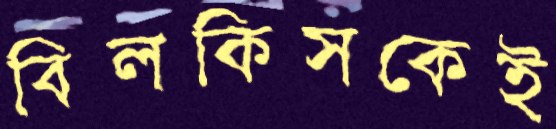
বিলকিসকেই